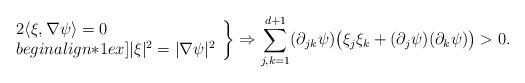
LaTeX: \begin{align*} \left.\begin{array}{l} 2 \langle \xi , \nabla \psi \rangle = 0 \\begin{align*}1ex] \lvert \xi \rvert^2 = \lvert \nabla \psi \rvert^2\end{array}\right\}\Rightarrow \sum_{j,k=1}^{d+1} (\partial_{jk} \psi) \bigl(\xi_j \xi_k + (\partial_j \psi) (\partial_k \psi) \bigr) > 0 .\end{align*}